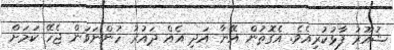
ޝުއޫރު ފާޅުކުރިއެވެ. އެގޮތުން އޭނާ އަދި އެއް ދައުރު ހުންނަވަން ޖެހޭ ކަމަށް